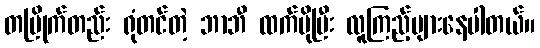
တပြိုက်တည်း ရုံတင်တဲ့ ဘာဘီ ထက်ပိုပြီး လူကြည့်များနေပါတယ်။